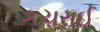
કચરાઈ